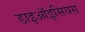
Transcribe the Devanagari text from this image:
डाइऑइसियस